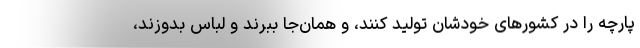
پارچه را در کشورهای خودشان تولید کنند، و همان‌جا ببرند و لباس بدوزند،